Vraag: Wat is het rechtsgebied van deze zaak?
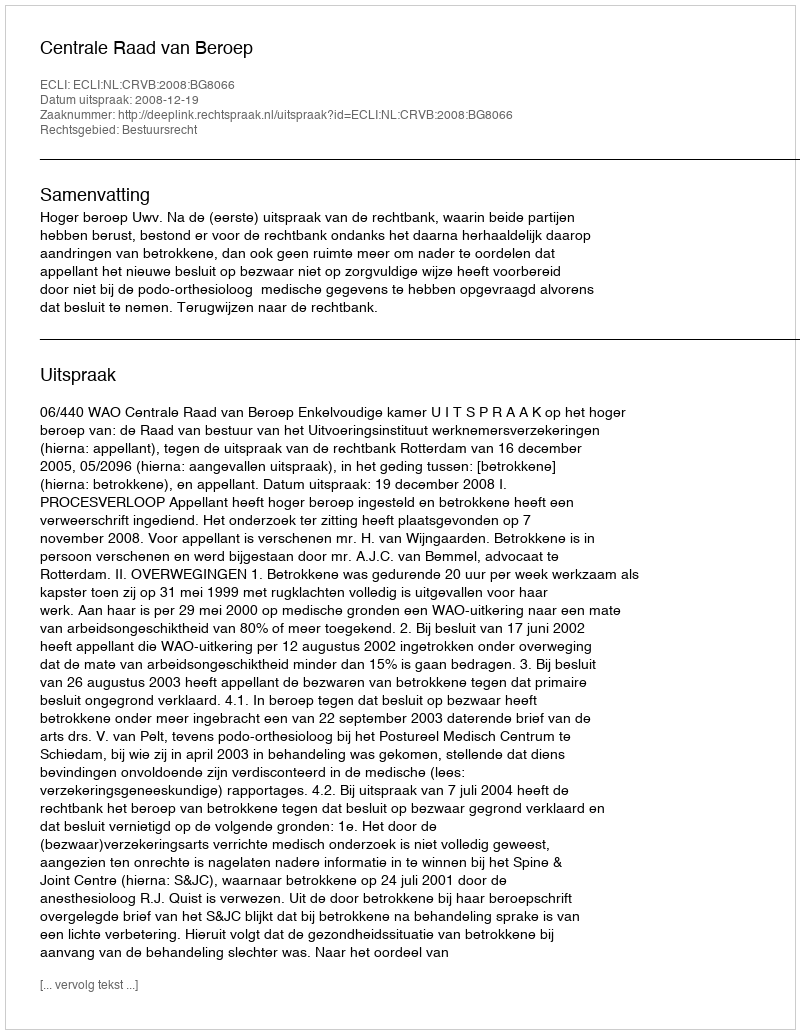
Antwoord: Bestuursrecht